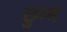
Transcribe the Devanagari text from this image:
छुम्मं